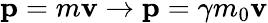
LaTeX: \mathbf{p}=m\mathbf{v}\rightarrow\mathbf{p}=\gamma m_{0}\mathbf{v}